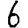
Digit: 6